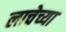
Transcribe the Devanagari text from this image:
लाचेच्या